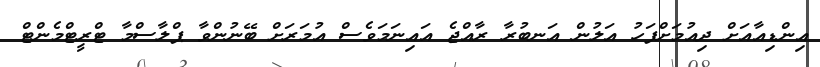
އިންޑިއާއަށް ދިއުމަށްފަހު އަލުން އަނބުރާ ރާއްޖެ އައިނަމަވެސް އުމަރަށް ބޭނުންވާ ޕްލާސްމާ ޓްރީޓްމެންޓް